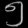
Digit: ၅